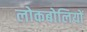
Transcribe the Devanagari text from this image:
लोकबोलियों